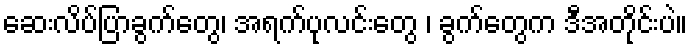
ဆေးလိပ်ပြာခွက်တွေ၊ အရက်ပုလင်းတွေ ၊ ခွက်တွေက ဒီအတိုင်းပဲ။